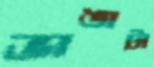
ভাঙাটা